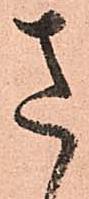
さ